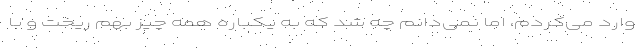
وارد می‌کردم، اما نمی‌دانم چه شد که به یکباره همه چیز بهم ریخت و با